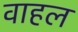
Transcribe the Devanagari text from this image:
वाहल